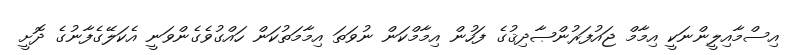
އިސްމާއިލީންނަކީ އިމާމް ޖައުފަރުންޞާދިޤުގެ ފަހުން އިމާމްކަން ނުވަތަ އިމާމަތުކަން ހައްގުވެގެންވަނީ އެކަލޭގެފާނުގެ ދޮށީ